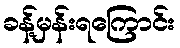
ခန့်မှန်းရကြောင်း